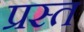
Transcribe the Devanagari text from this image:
प्रस्त